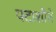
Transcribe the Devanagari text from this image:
पटाशीने